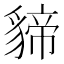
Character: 𮙫